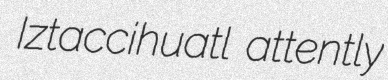
Iztaccihuatl attently